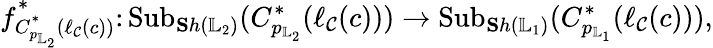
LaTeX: f_{C_{p_{\mathbb{L}_{2}}}^{\ast}(\ell_{\mathcal{C}}(c))}^{\ast}\colon\mathrm{{Sub}}_{{\mathbf Sh}(\mathbb{L}_{2})}(C_{p_{\mathbb{L}_{2}}}^{\ast}(\ell_{\mathcal{C}}(c)))\rightarrow{\mathrm{Sub}}_{{\mathbf Sh}({\mathbb{L}_{1}})}(C_{p_{\mathbb{L}_{1}}}^{\ast}(\ell_{\mathcal{C}}(c))),